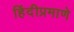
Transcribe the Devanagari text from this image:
हिंदीप्रमाणे